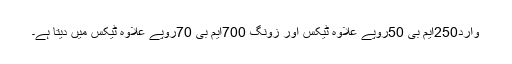
وارد250ایم بی 50روپے علاوہ ٹیکس اور زونگ 700ایم بی 70روپے علاوہ ٹیکس میں دیتا ہے۔